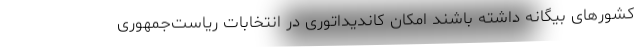
کشورهای بیگانه داشته باشند امکان کاندیداتوری در انتخابات ریاست‌جمهوری